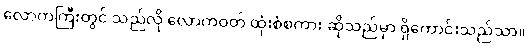
လောကကြီးတွင် သည်လို လောကဝတ် ထုံးစံစကား ဆိုသည်မှာ ရှိကောင်းသည်သာ။